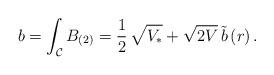
LaTeX: \begin{align*}b = \int_{\mathcal{C}} B_{(2)} = \frac{1}{2} \,\sqrt{V_*} +\sqrt{2V}\, \tilde b\,(r) \,.\end{align*}